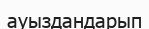
ауыздандарып